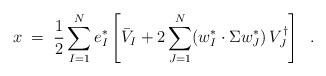
LaTeX: \begin{align*} x \;=\; \frac{1}{2} \sum_{I=1}^N e_I^* \left[ \bar{V}_I + 2 \sum_{J=1}^N (w_I^* \cdot \Sigma w^*_J) \, V_J^\dagger \right] \;\;.\end{align*}